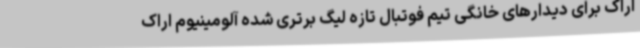
اراک برای دیدارهای خانگی تیم فوتبال تازه لیگ برتری شده آلومینیوم اراک